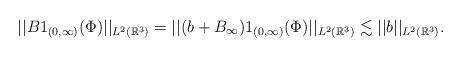
LaTeX: \begin{align*}||B1_{(0,\infty)}(\Phi)||_{L^{2}(\mathbb{R}^{3})}=||(b+B_\infty)1_{(0,\infty)}(\Phi)||_{L^{2}(\mathbb{R}^{3})}\lesssim ||b||_{L^{2}(\mathbb{R}^{3})}.\end{align*}